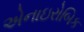
એનાઇરોબિક